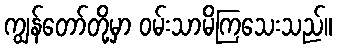
ကျွန်တော်တို့မှာ ဝမ်းသာမိကြသေးသည်။